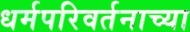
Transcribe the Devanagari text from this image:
धर्मपरिवर्तनाच्या